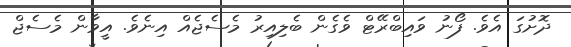
ދޮށުގަ އެވެ. ފޯނު ވައިބްރޭޓް ވެގެން ބެލިއިރު މެސެޖެއް އިނެވެ. އީވާން މެސެޖް